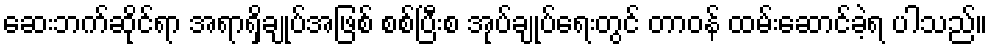
ဆေးဘက်ဆိုင်ရာ အရာရှိချုပ်အဖြစ် စစ်ပြီးစ အုပ်ချုပ်ရေးတွင် တာဝန် ထမ်းဆောင်ခဲ့ရ ပါသည်။